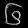
Digit: ၆